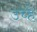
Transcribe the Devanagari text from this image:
उच्हे